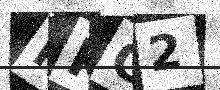
Text: HKG2